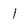
Character: l